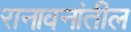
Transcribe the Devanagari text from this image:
रानावनांतील